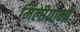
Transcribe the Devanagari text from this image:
मिलीग्रामों